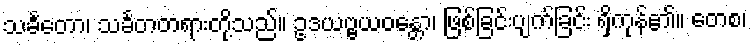
သင်္ခတော၊ သင်္ခတတရားတို့သည်။ ဥဒယဗ္ဗယဝန္တော၊ ဖြစ်ခြင်းပျက်ခြင်း ရှိကုန်၏။ တေစ၊